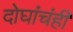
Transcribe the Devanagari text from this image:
दोघांचंही